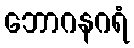
ဘောဂနဂရံ